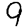
Digit: 9